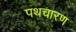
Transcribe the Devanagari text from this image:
पथचारण